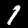
Label: 1